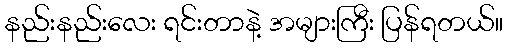
နည်းနည်းလေး ရင်းတာနဲ့ အများကြီး ပြန်ရတယ်။